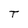
Character: T